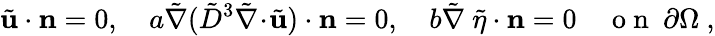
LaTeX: \tilde{\mathbf{u}}\cdot\mathbf{n}=0,\quad a\tilde{\nabla}(\tilde{D}^{3}\tilde{\nabla}\! \cdot\! \tilde{\mathbf{u}})\cdot\mathbf{n}=0,\quad b\tilde{\nabla}~\tilde{\eta}\cdot\mathbf{n}=0\quad\mathrm{~o~n~}\ \partial\Omega\ ,